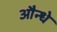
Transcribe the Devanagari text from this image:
औन्धे